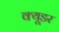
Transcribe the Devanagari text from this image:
क्यूडर